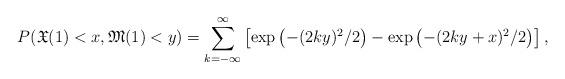
LaTeX: \begin{align*}P(\mathfrak X(1) <x, \mathfrak M(1) <y) = \sum_{k=-\infty}^{\infty}\left[ \exp \left( -(2ky)^2/2 \right) -\exp \left( -(2ky+x)^2/2 \right)\right],\end{align*}